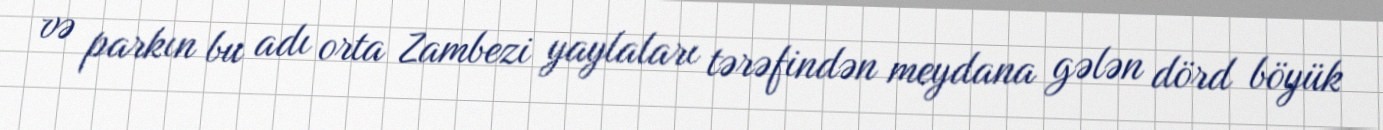
və parkın bu adı orta Zambezi yaylaları tərəfindən meydana gələn dörd böyük